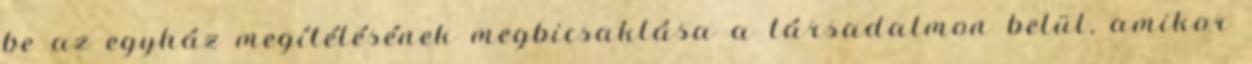
be az egyház megítélésének megbicsaklása a társadalmon belül, amikor